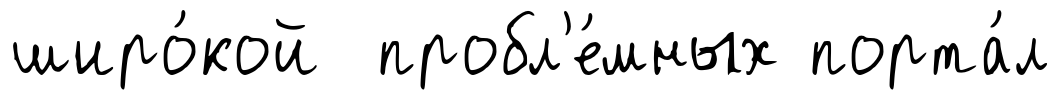
широ́кой пробл'е́мных порта́л